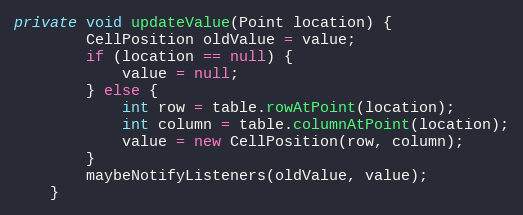
Language: Java
private void updateValue(Point location) {
        CellPosition oldValue = value;
        if (location == null) {
            value = null;
        } else {
            int row = table.rowAtPoint(location);
            int column = table.columnAtPoint(location);
            value = new CellPosition(row, column);
        }
        maybeNotifyListeners(oldValue, value);
    }